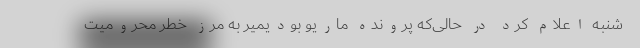
شنبه اعلام کرد در حالی‌که پرونده ماریو بودیمیر به مرز خطر محرومیت